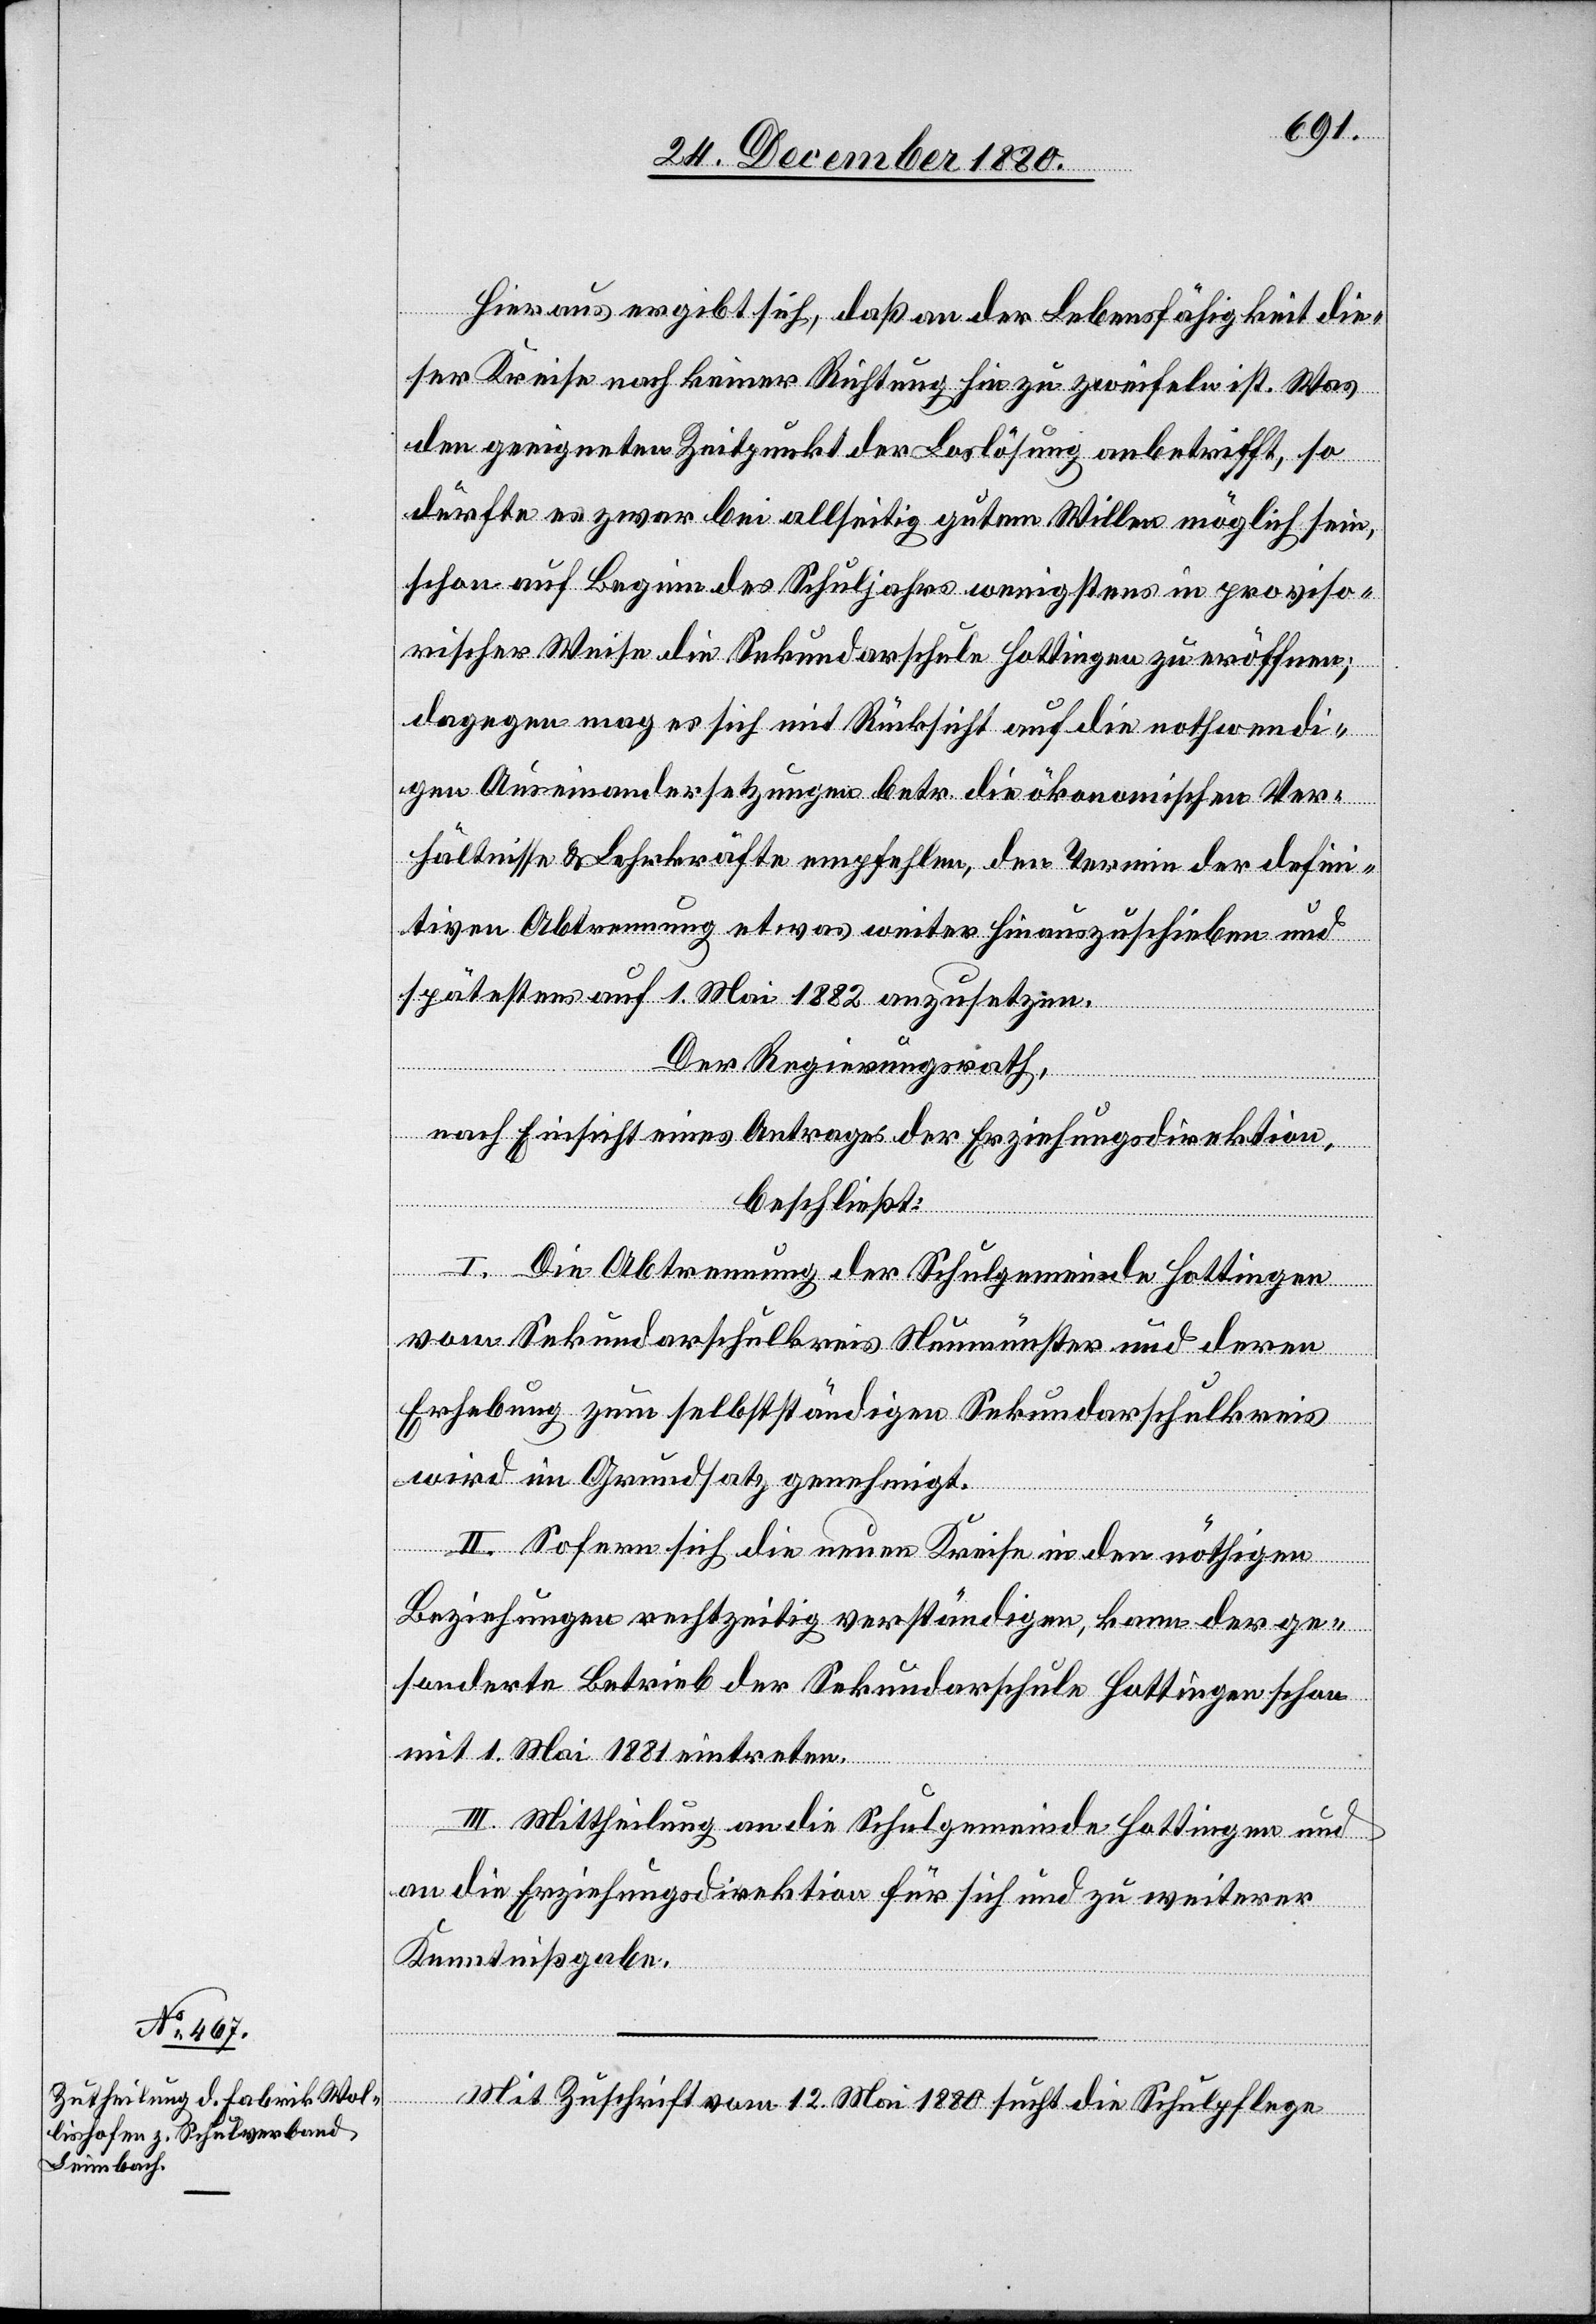
Hieraus ergibt sich, daß an der Lebensfähigkeit die¬
ser Kreise nach keiner Richtung hin zu zweifeln ist. Was
den geeigneten Zeitpunkt der Loslösung anbetrifft, so
dürfte es zwar bei allseitig gutem Willen möglich sein,
schon auf Beginn des Schuljahrs wenigstens in proviso¬
rischer Weise die Sekundarschule Hottingen zu eröffnen;
dagegen mag es sich mit Rücksicht auf die nothwendi¬
gen Auseinandersetzungen betr. die ökonomischen Ver¬
hältnisse & Lehrkräfte empfehlen, den Termin der defini¬
tiven Abtrennung etwas weiter hinauszuschieben und
spätestens auf 1. Mai 1882 anzusetzen.
Der Regierungsrath,
nach Einsicht eines Antrages der Erziehungsdirektion,
beschließt:
I. Die Abtrennung der Schulgemeinde Hottingen
vom Sekundarschulkreis Neumünster und deren
Erhebung zum selbstständigen Sekundarschulkreis
wird im Grundsatz genehmigt.
II. Sofern sich die neuen Kreise in den nöthigen
Beziehungen rechtzeitig verständigen, kann der ge¬
sonderte Betrieb der Sekundarschule Hottingen schon
mit 1. Mai 1881 eintreten.
III. Mittheilung an die Schulgemeinde Hottingen und
an die Erziehungsdirektion für sich und zu weiterer
Kenntnißgabe.
Mit Zuschrift vom 12. Mai 1880 sucht die Schulpflege